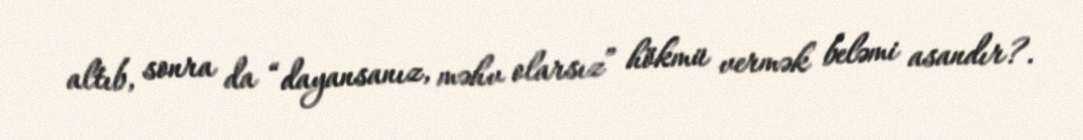
altıb, sonra da “dayansanız, məhv olarsız” hökmü vermək beləmi asandır?.